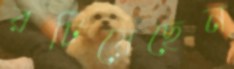
রটিয়েছেন